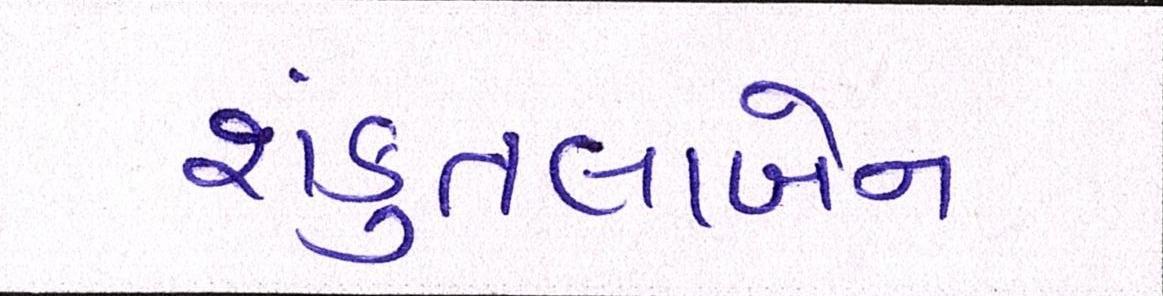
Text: શંકુતલાબેન